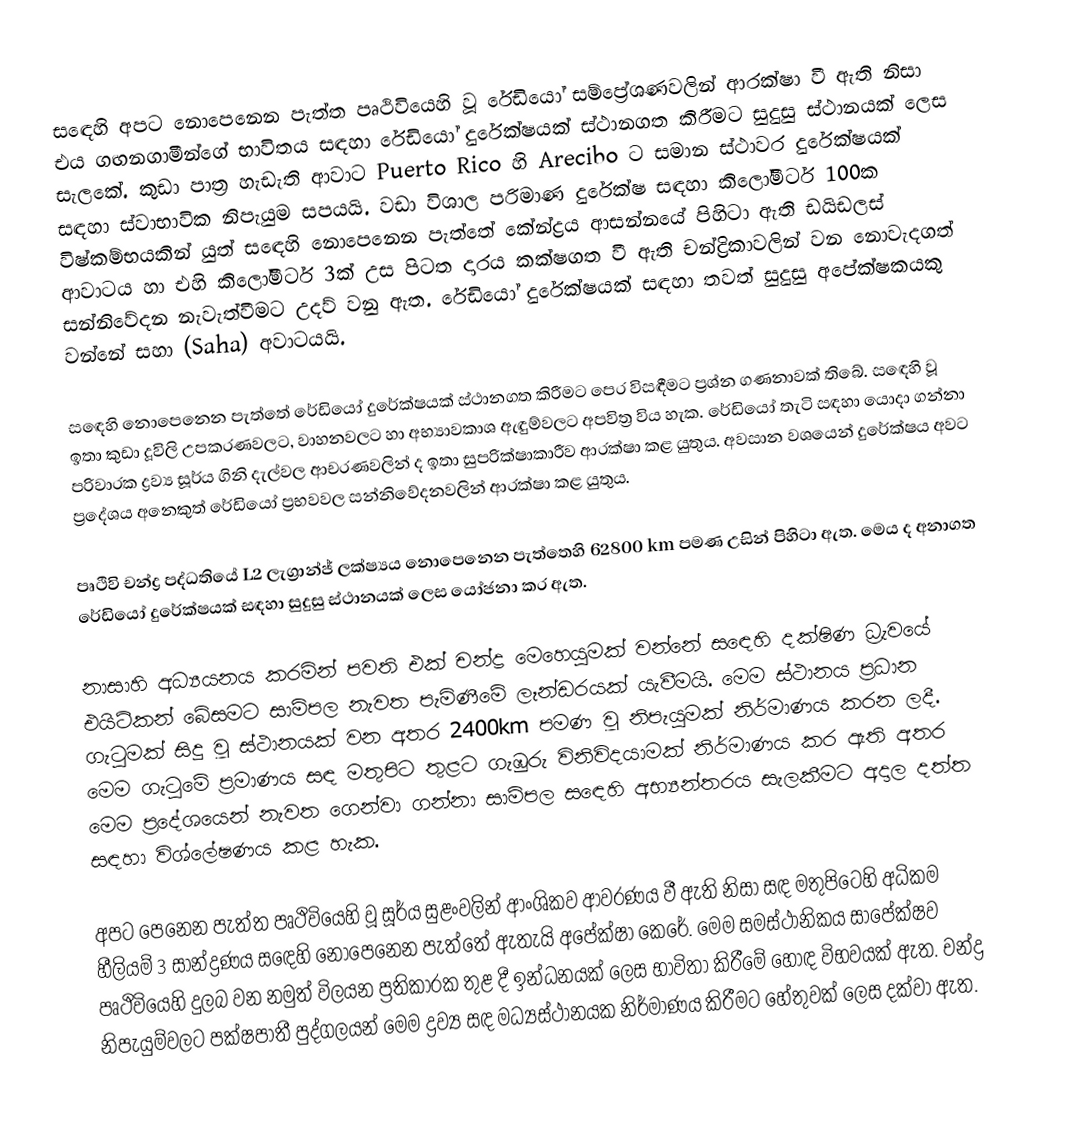
‍ස‍ඳෙහි අපට නොපෙනෙන පැත්ත පෘථිවියෙහි වූ රේඩියෝ සම්ප්‍රේශණවලින් ආරක්ෂා වී ඇති නිසා එය ගඟනගාමීන්ගේ භාවිතය සඳහා රේඩියෝ දුරේක්ෂයක් ස්ථානගත කිරීමට සුදුසු ස්ථානයක් ලෙස සැලකේ. කුඩා පාත්‍ර හැඩැති ආවාට Puerto Rico හි Arecibo ට සමාන ස්ථාවර දුරේක්ෂයක් සඳහා ස්වාභාවික නිපැයුම සපයයි. වඩා විශාල පරිමාණ දුරේක්ෂ සඳහා කිලෝමීටර් 100ක විෂ්කම්භයකින් යුත් ස‍ඳෙහි නොපෙනෙන පැත්තේ කේන්ද්‍රය ආසන්නයේ පිහිටා ඇති ඩයිඩලස් ආවාටය හා ‍එහි කිලෝමීටර් 3ක් උස පිටත දාරය කක්ෂගත වී ඇති චන්ද්‍රිකාවලින් වන නොවැදගත් සන්නිවේදන නැවැත්වීමට උදව් වනු ඇත. රේඩියෝ දුරේක්ෂයක් සඳහා තවත් සුදුසු අපේක්ෂකයකු වන්නේ සහා (Saha) අවාටයයි.

සඳෙහි නොපෙනෙන පැත්තේ රේඩියෝ දුරේක්ෂයක් ස්ථානගත කිරීමට පෙර විසඳීමට ප්‍රශ්න ගණනාවක් තිබේ. සඳෙහි වූ ඉතා කුඩා දූවිලි උපකරණවලට, වාහනවලට හා අභ්‍යාවකාශ ඇඳුම්වලට අපවිත්‍ර විය හැක. රේඩියෝ තැටි සඳහා යොදා ගන්නා පරිවාරක ද්‍රව්‍ය සූර්ය ගිනි දැල්වල ආචරණවලින් ද ඉතා සුපරික්ෂාකාරීව ආරක්ෂා කළ යුතුය. අවසාන වශයෙන් දුරේක්ෂය අවට ප්‍රදේශය අනෙකුත් රේඩියෝ ප්‍රභවවල සන්නිවේදනවලින් ආරක්ෂා කළ යුතුය.

පෘථිවි චන්ද්‍ර පද්ධතියේ L2 ලැග්‍රාන්ජ් ලක්ෂ්‍යය නොපෙනෙන පැත්තෙහි 62800 km පමණ උසින් පිහිටා ඇත. මෙය ද අනාගත රේඩියෝ දුරේක්ෂයක් සඳහා සුදුසු ස්ථානයක් ලෙස යෝජනා කර ඇත.

නාසාහි අධ්‍යයනය කරමින් පවති එක් චන්ද්‍ර මෙහෙයුමක් වන්නේ ස‍ඳෙහි දක්ෂිණ ධ්‍රැවයේ එයිට්කන් බේසමට සාම්පල නැවත පැමිණීමේ ලෑන්ඩරයක් යැවීමයි. මෙම ස්ථානය ප්‍රධාන ගැටුමක් සිදු වූ ස්ථානයක් වන අතර 2400km පමණ වූ නිපැයුමක් නිර්මාණය කරන ලදී. මෙම ගැටුමේ ප්‍රමාණය සඳ මතුපිට තුළට ගැඹුරු විනිවිදයාමක් නිර්මාණය කර ඇති අතර මෙම ප්‍රදේශයෙන් නැවත ගෙන්වා ගන්නා සාම්පල ස‍ඳෙහි අභ්‍යන්තරය සැලකීමට අදාල දත්ත සඳහා විශ්ලේෂණය කළ හැක.

අපට පෙනෙන පැත්ත පෘථිවියෙහි වූ සූර්ය සුළංවලින් ආංශිකව ආවරණය වී ඇති නිසා සඳ මතුපිටෙහි අධිකම හීලියම් 3 සාන්ද්‍රණය ස‍ඳෙහි නොපෙනෙන පැත්තේ ඇතැයි අපේක්ෂා කෙරේ. මෙම සමස්ථානිකය සාපේක්ෂව පෘථිවියෙහි දුලබ වන නමුත් විලයන ප්‍රතිකාරක තුළ දී ඉන්ධනයක් ලෙස භාවිතා කිරීමේ හොඳ විභවයක් ඇත. චන්ද්‍ර නිපැයුම්වලට පක්ෂපාතී පුද්ගලයන් මෙම ද්‍රව්‍ය සඳ මධ්‍යස්ථානයක නිර්මාණය කිරීමට හේතුවක් ලෙස දක්වා ඇත.